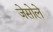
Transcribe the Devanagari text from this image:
जेसोले